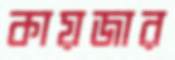
কায়জার